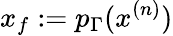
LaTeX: x_{f}:=p_{\Gamma}(x^{(n)})